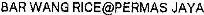
BAR WANG RICE@PERMAS JAYA